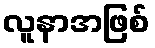
လူနာအဖြစ်